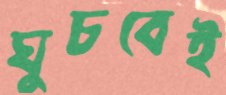
ঘুচবেই